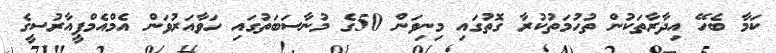
ކަމާ ބެހޭ އިދާރާތަކުން ތުހުމަތުކުރާ ގޮތުގައި މިނިވަން 50ގެ މުނާސަބަތުގައި ހަވާއަރުވަން އެމްއެމްޕީއާރުސީގެ